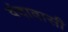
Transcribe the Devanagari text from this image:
वंदावासी